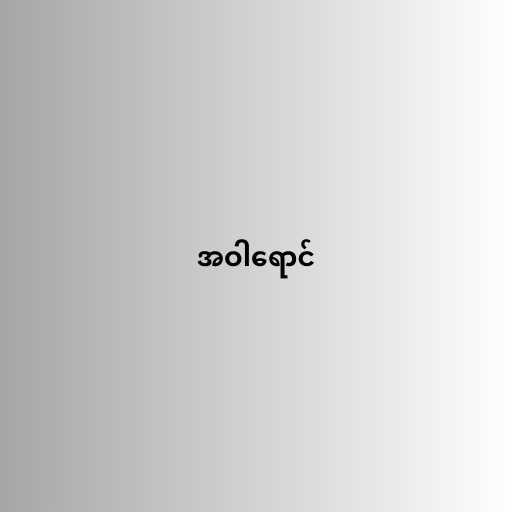
အဝါရောင်